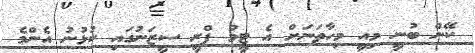
ކޭން ބުނީ މިއީ މިހާތަނަށް އެ ޓީމު ޕްރީ ސީޒަނުގައި ކުޅުނު އެންމެ